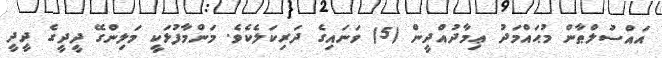
އައްސުލްޠާން މުޙައްމަދު ޢިމާދުއްދީން (5) ވަނައިގެ ދަރިކަލެކެވެ. މަންމާފުޅަކީ މަލިންގޭ ދީދީގެ ދީދީ